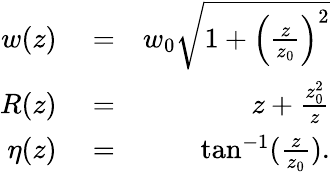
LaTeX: \begin{array}{rlr}{w(z)}&{{}=}&{w_{0}\sqrt{1+\left(\frac{z}{z_{0}}\right)^{2}}}\\ {R(z)}&{{}=}&{z+\frac{z_{0}^{2}}{z}}\\ {\eta(z)}&{{}=}&{\tan^{-1}(\frac{z}{z_{0}}).}\end{array}